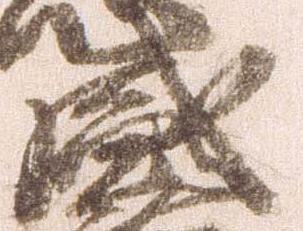
盛